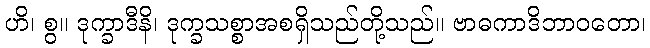
ဟိ၊ စွ။ ဒုက္ခာဒီနိ၊ ဒုက္ခသစ္စာအစရှိသည်တို့သည်။ ဗာဓကာဒိဘာဝတော၊